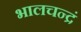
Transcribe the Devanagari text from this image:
भालचन्द्रं